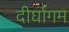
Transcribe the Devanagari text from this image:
दीर्घागम